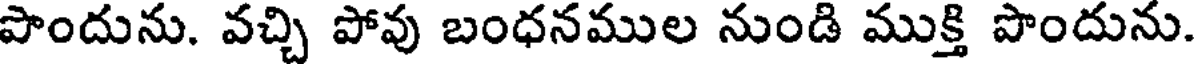
పొందును. వచ్చి పోవు బంధనముల నుండి ముక్తి పొందును.